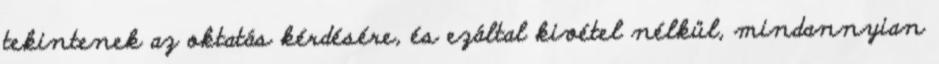
tekintenek az oktatás kérdésére, és ezáltal kivétel nélkül, mindannyian